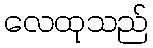
လေထုသည်